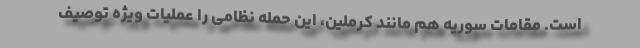
است. مقامات سوریه هم مانند کرملین، این حمله نظامی را عملیات ویژه توصیف